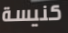
كنيسة